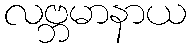
လဗ္ဘမာနာယ